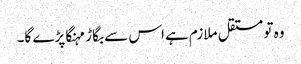
وہ تو مستقل ملازم ہے اس سے بگاڑ مہنگا پڑے گا۔